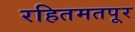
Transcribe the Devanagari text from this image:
रहितमतपूर